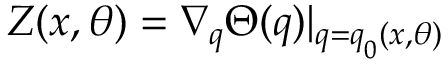
\boldsymbol { Z } ( \boldsymbol { x } , \theta ) = \nabla _ { \boldsymbol { q } } \Theta ( \boldsymbol { q } ) | _ { \boldsymbol { q } = \boldsymbol { q } _ { 0 } ( \boldsymbol { x } , \theta ) }